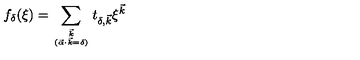
f _ { \delta } ( \xi ) = \sum _ { { \vec { k } } \atop { ( \vec { \alpha } \cdot \vec { k } = \delta ) } } t _ { \delta , \vec { k } } \xi ^ { \vec { k } }